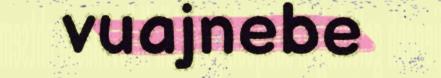
vuajnebe